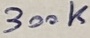
Text: 300K